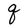
Character: q